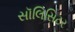
સૉલિસિટર